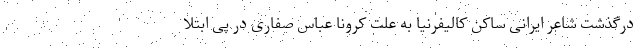
درگذشت شاعر ایرانی ساکن کالیفرنیا به علت کرونا عباس صفاری در پی ابتلا